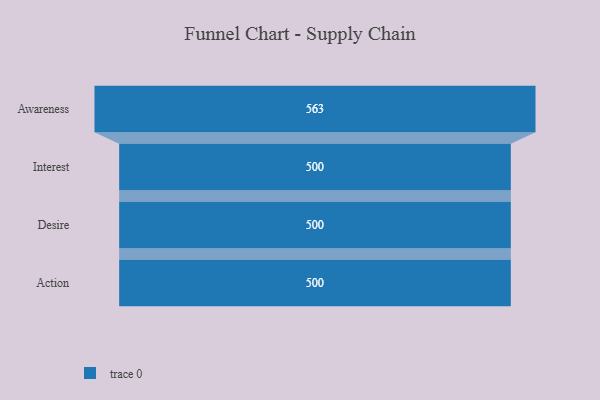
{"axis": {"x": "Stage", "y": "Value"}, "legend": [""], "data": [{"x": "Awareness", "y": 563.0, "type": ""}, {"x": "Interest", "y": 500, "type": ""}, {"x": "Desire", "y": 500, "type": ""}, {"x": "Action", "y": 500, "type": ""}]}